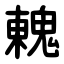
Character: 䰤